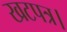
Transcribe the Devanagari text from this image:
खटपत्र।